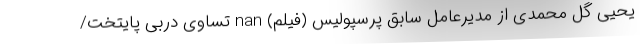
یحیی گل محمدی از مدیرعامل سابق پرسپولیس (فیلم) nan تساوی دربی پایتخت/